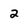
Character: 2